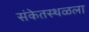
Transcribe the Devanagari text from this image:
संकेतस्थळला